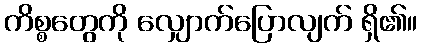
ကိစ္စတွေကို လျှောက်ပြောလျက် ရှိ၏။